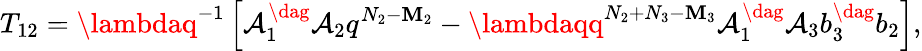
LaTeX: T_{12}=\lambdaq^{-1}\left[\mathcal{A}_{1}^{\dag}\mathcal{A}_{2}q^{N_{2}-\mathbf{M}_{2}}-\lambdaqq^{N_{2}+N_{3}-\mathbf{M}_{3}}\mathcal{A}_{1}^{\dag}\mathcal{A}_{3}b_{3}^{\dag}b_{2}\right],